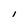
Character: I